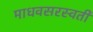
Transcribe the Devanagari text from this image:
माधवसरस्वती